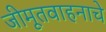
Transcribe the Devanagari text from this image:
जीमूतवाहनाचे